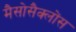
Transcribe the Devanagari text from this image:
मैसोसैक्लोंस